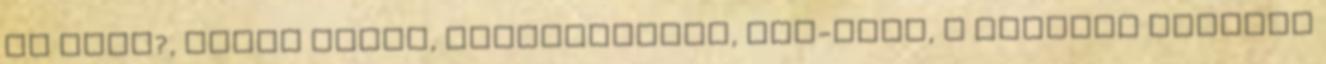
az SZTE?, Nyílt napok, Alapítványok, ELI-ALPS, a szegedi lézeres